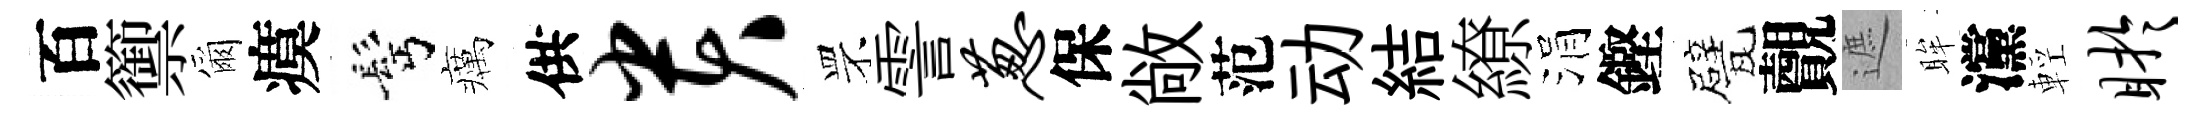
百籞爾瘼髩癘供贵罘霅葱保敞范动結繚涓鏗甓覿遮眸灙輕盱